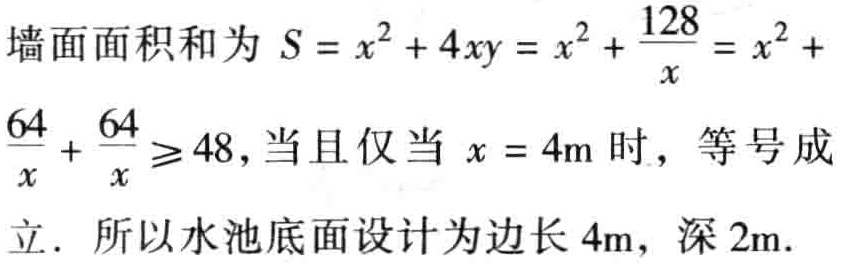
墙面面积和为 \(S = x^{2}+4xy = x^{2}+\frac{128}{x}=x^{2}+\frac{64}{x}+\frac{64}{x}\geq48\)，当且仅当 \(x = 4\text{m}\) 时，等号成立. 所以水池底面设计为边长 \(4\text{m}\)，深 \(2\text{m}\).